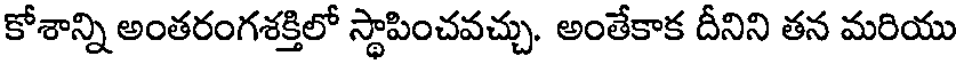
కోశాన్ని అంతరంగశక్తిలో స్థాపించవచ్చు. అంతేకాక దీనిని తన మరియు